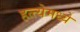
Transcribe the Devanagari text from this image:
हत्त्येमध्ये